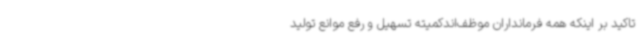
تاکید بر اینکه همه فرمانداران موظف‌اندکمیته تسهیل و رفع موانع تولید